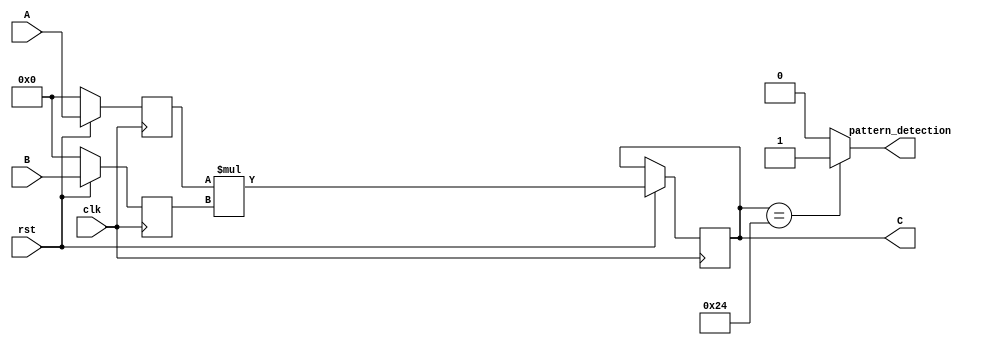
`timescale 1ns / 1ps
//////////////////////////////////////////////////////////////////////////////////
// Company: 
// Engineer: 
// 
// Design Name: 
// Module Name: one
// Project Name: 
// Target Devices: 
// Tool Versions: 
// Description: 
// 
// Dependencies: 
// 
// Revision:
// Revision 0.01 - File Created
// Additional Comments:
// 
//////////////////////////////////////////////////////////////////////////////////


module one#(
    parameter input_width = 16,
//    parameter input_2_width = 10,
    parameter output_width = 2*input_width,
    parameter pattern = 20'd36
)(
    input clk,
    input rst,
    input [input_width:0] A,
    input [input_width:0] B,
    output [output_width:0] C,
    output reg pattern_detection
);

reg [output_width:0] ab;
reg [input_width:0] A1;
reg [input_width:0] B1;

always @(posedge clk) 
begin
  if(!rst)
  begin
    A1 <= 0;
    B1 <= 0;
  end
  else
  begin
    A1 <= A;
    B1 <= B;
    ab <= A1 * B1;
  end
end



always @(*) 
begin
    if (ab == pattern)
    begin
        pattern_detection <= 1'b1;
    end 
    else 
    begin
        pattern_detection <= 1'b0;
    end
end

assign C = ab;
endmodule